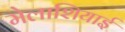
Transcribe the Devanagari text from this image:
मेलाशियाई